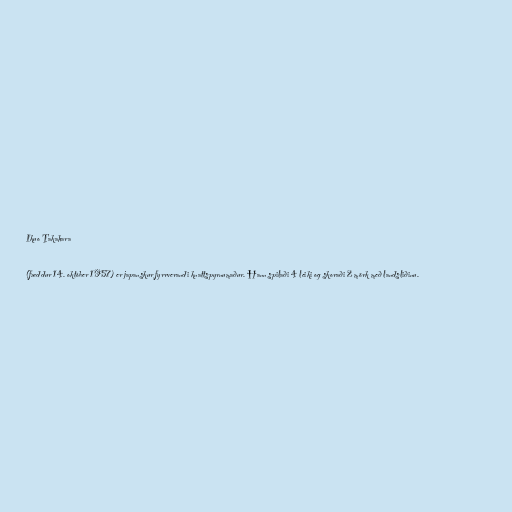
Ikuo Takahara

(fæddur 14. október 1957) er japanskur fyrrverandi knattspyrnumaður. Hann spilaði 4 leiki og skoraði 2 mörk með landsliðinu.